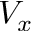
V _ { x }